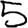
Digit: 5